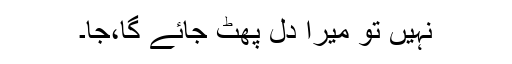
نہیں تو میرا دل پھٹ جائے گا،جا۔